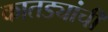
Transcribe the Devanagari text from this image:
कातड्यांची